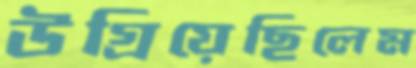
উগ্‌রিয়েছিলেম